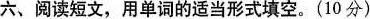
六、阅读短文,用单词的适当形式填空.(10 分)